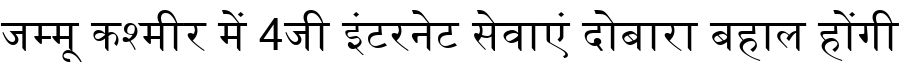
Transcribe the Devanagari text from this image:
जम्मू कश्मीर में 4जी इंटरनेट सेवाएं दोबारा बहाल होंगी